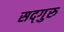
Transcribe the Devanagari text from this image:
सद्‍गुरु